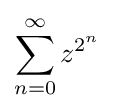
\sum _{n=0}^{\infty }z^{2^{n}}